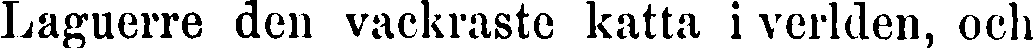
Laguerre den vackraste katta i verlden, och